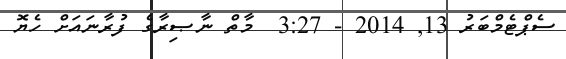
ސެޕްޓެމްބަރު 13